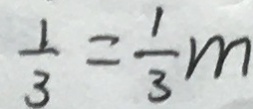
\frac { 1 } { 3 } = \frac { 1 } { 3 } m